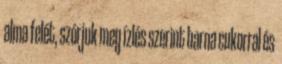
alma felét, szórjuk meg ízlés szerint barna cukorral és